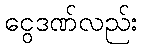
ငွေဒဏ်လည်း